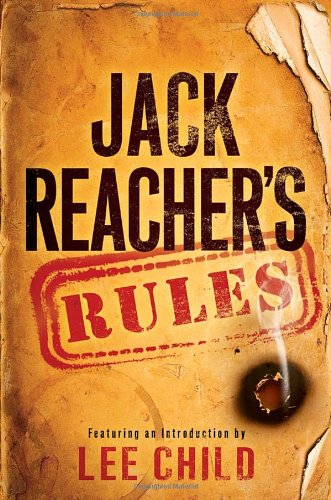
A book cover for Jack Reacher's Rules; Lee Child; Mystery, Thriller & Suspense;